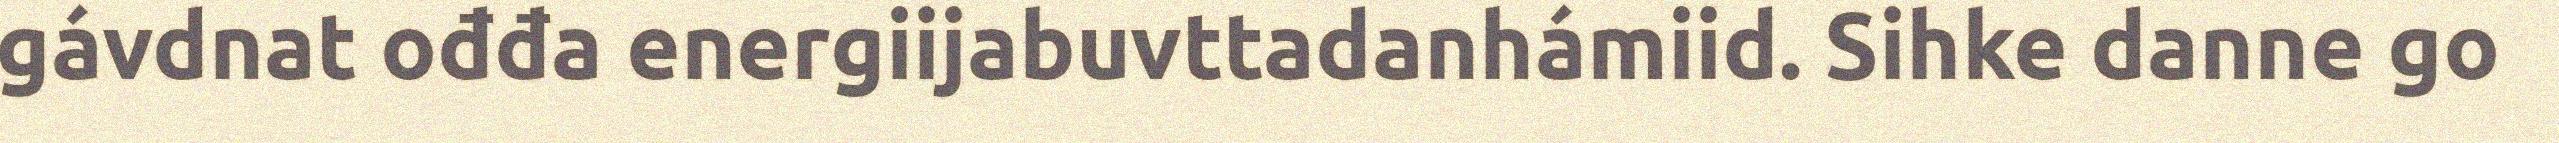
gávdnat ođđa energiijabuvttadanhámiid. Sihke danne go